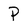
Character: P